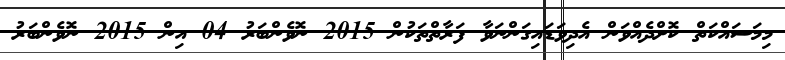
މިމަސައްކަތް ކޮށްދެއްވަން އެދިވަޑައިގަންނަވާ ފަރާތްތަކުން 2015 ނޮވެންބަރު 04 އިން 2015 ނޮވެންބަރު